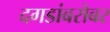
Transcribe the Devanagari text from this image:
दगडांबरोबर